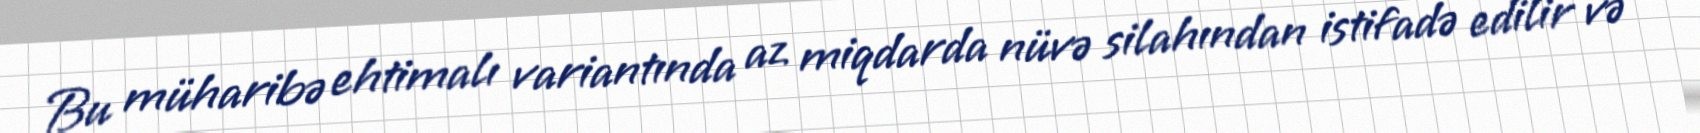
Bu müharibə ehtimalı variantında az miqdarda nüvə silahından istifadə edilir və